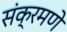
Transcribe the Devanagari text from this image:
संक्रमणे